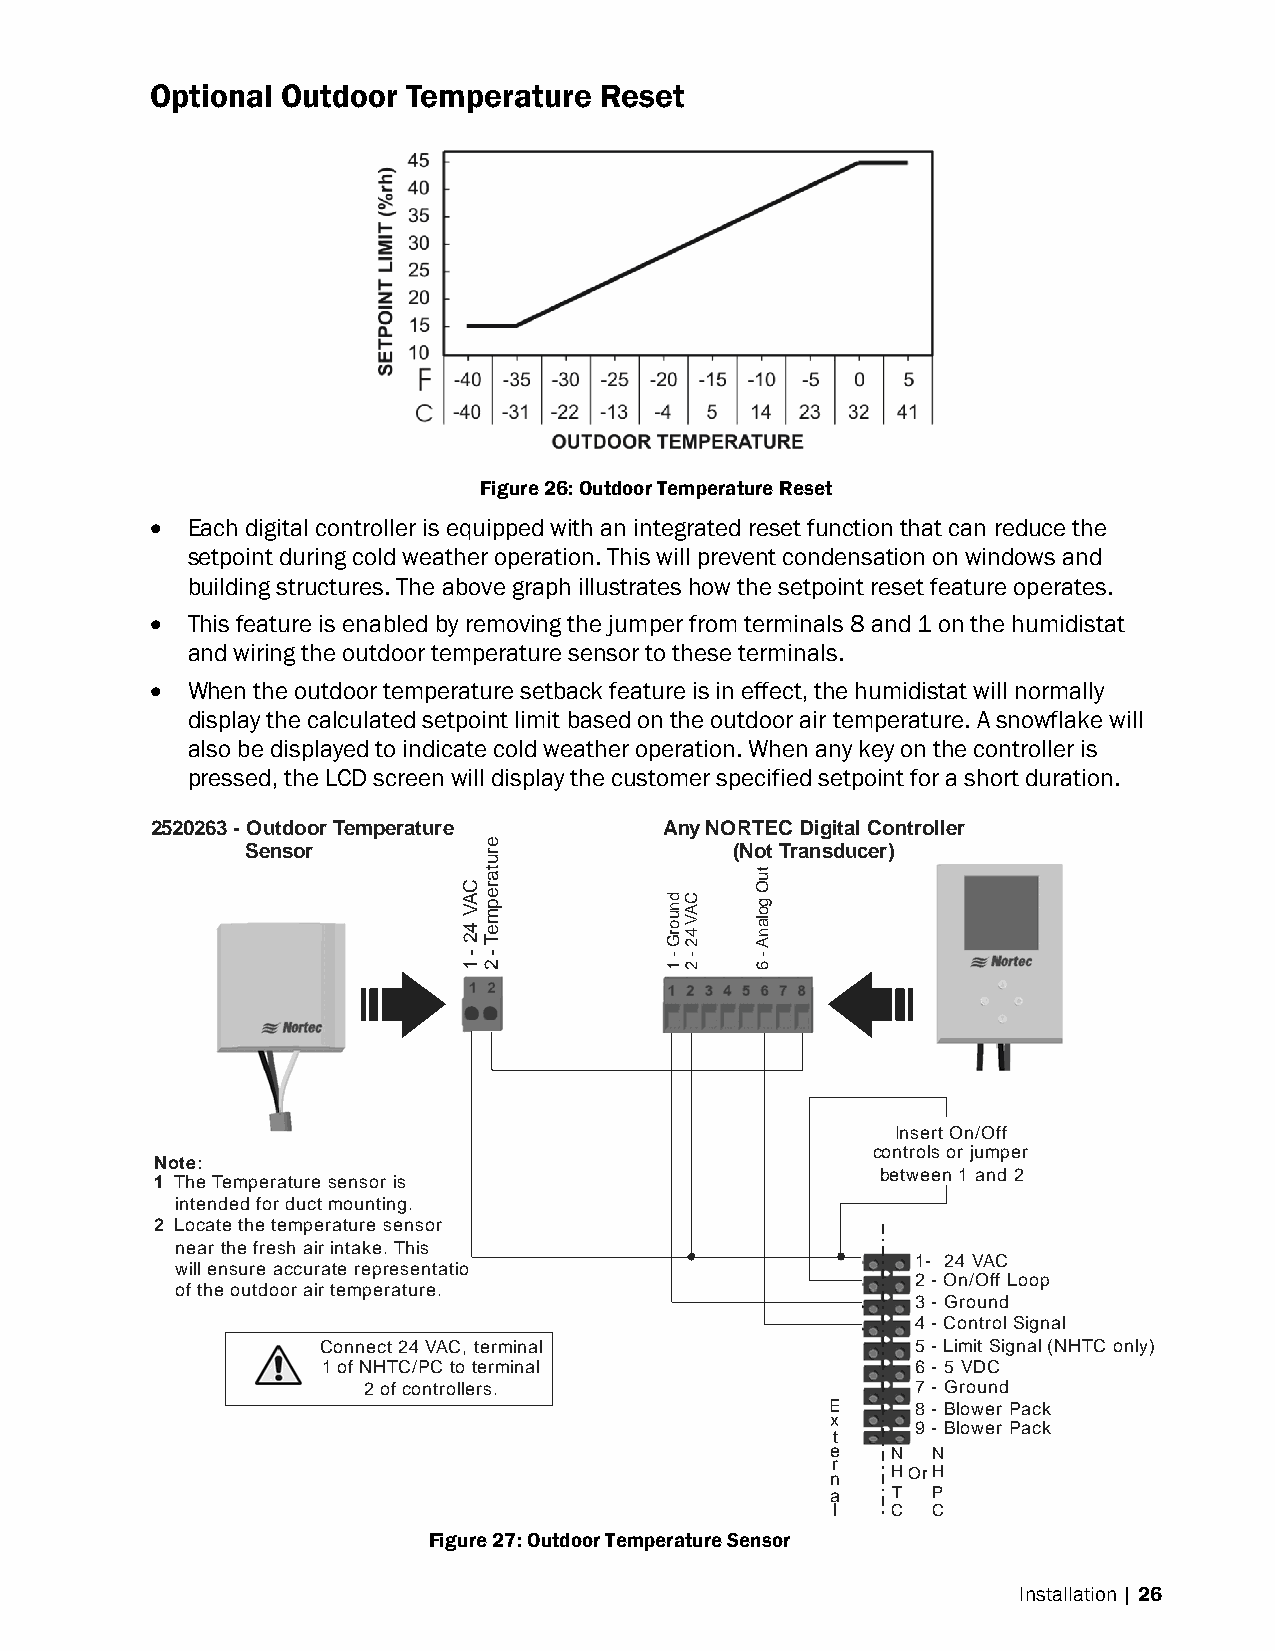
Optional Outdoor Temperature  Reset
 Figure 26: Outdoor Temperature Reset
  Each digital controller is equipped with an integrated reset function that can reduce the
 setpoint during cold weather operation. This will prevent condensation on windows and
 building structures. The above graph illustrates how the setpoint reset feature operates.
  This feature is enabled by removing the jumper from terminals 8 and 1 on the humidistat
 and wiring the outdoor temperature sensor to these terminals.
  When the outdoor temperature setback feature is in effect, the humidistat will normally
 display the calculated setpoint limit based on the outdoor air temperature. A snowflake will
 also be displayed to indicate cold weather operation. When any key on the controller is
 pressed, the LCD screen will display the customer specified setpoint for a short duration.
 2520263 - Outdoor Temperature     Any NORTEC Digital Controller
 Sensor                          (Not Transducer)
 Insert On/Off
 controls or jumper
 Note:
 between 1 and 2
 1 The Temperature sensor is
 intended for duct mounting.
 2 Locate the temperature sensor
 near the fresh air intake. This
 1- 24 VAC
 will ensure accurate representation
 2 - On/Off Loop
 of the outdoor air temperature.
 3 - Ground
 4 - Control Signal
 Connect 24 VAC, terminal                5 - Limit Signal (NHTC only)
 1 of NHTC/PC to terminal                6 - 5 VDC
 2 of controllers.                    7 - Ground
 E     8 - Blower Pack
 x
 9 - Blower Pack
 t
 e   N  N
 r
 n
 HOrH
 a   T  P
 l   C  C
 Figure 27: Outdoor Temperature Sensor
 Installation | 26
 CAV
 42
 -
 1
 erutarepmeT
 -
 2
 dnuorG
 -
 1
 CAV
 42
 -
 2
 tuO
 golanA
 -
 6